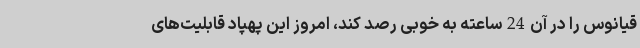
قیانوس را در آن24ساعته به خوبی رصد کند، امروز این پهپاد قابلیت‌های